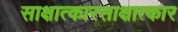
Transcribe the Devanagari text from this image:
साक्षात्कारसाक्षात्कार